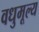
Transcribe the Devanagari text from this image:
वधुमूल्य